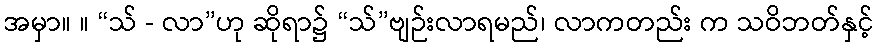
အမှာ။ ။ “သ် - လာ”ဟု ဆိုရာ၌ “သ်”ဗျဉ်းလာရမည်၊ လာကတည်း က သဝိဘတ်နှင့်